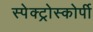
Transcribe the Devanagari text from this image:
स्‍पेक्‍ट्रोस्‍कोर्पी